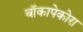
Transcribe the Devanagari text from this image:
बॉकापेकोरा